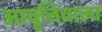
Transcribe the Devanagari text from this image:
आवृत्तिवाला